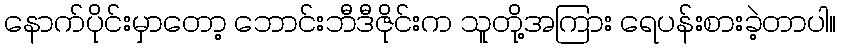
နောက်ပိုင်းမှာတော့ ဘောင်းဘီဒီဇိုင်းက သူတို့အကြား ရေပန်းစားခဲ့တာပါ။